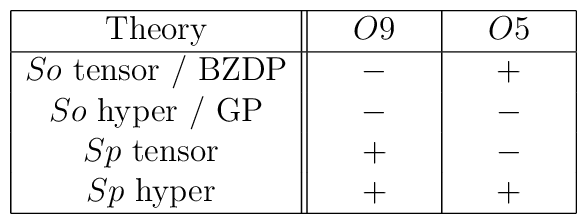
\begin{array}{|c||c|c|}    \hline \strut     \mbox{Theory} & \quad O9 \quad & \quad O5 \quad    \\ \hline \strut    So \mbox{ tensor / BZDP} & \quad - \quad &  \quad + \quad \\    So \mbox{ hyper / GP} & \quad - \quad &  \quad - \quad \\    Sp \mbox{ tensor } & \quad + \quad &  \quad - \quad \\    Sp \mbox{ hyper } & \quad + \quad &  \quad + \quad     \\\hline  \end{array}